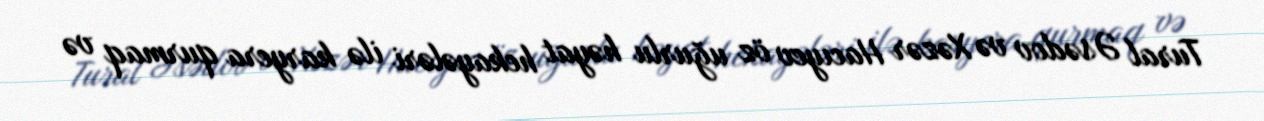
Tural Əsədov və Xəzər Hacıyev öz uğurlu həyat hekayələri ilə karyera qurmaq və